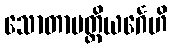
သောတာပတ္တိယင်္ဂေဟိ